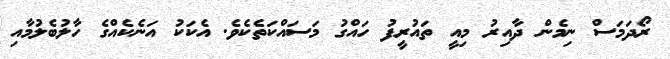
ރޯދަމަސް ނިމެން ދާއިރު މިއީ ތައުރީފު ހައްގު މަސައްކަތެކެވެ. އެކަކު އަނެކެއްގެ ހާލުބެލުމާއި